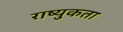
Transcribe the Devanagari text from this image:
राष्युकता